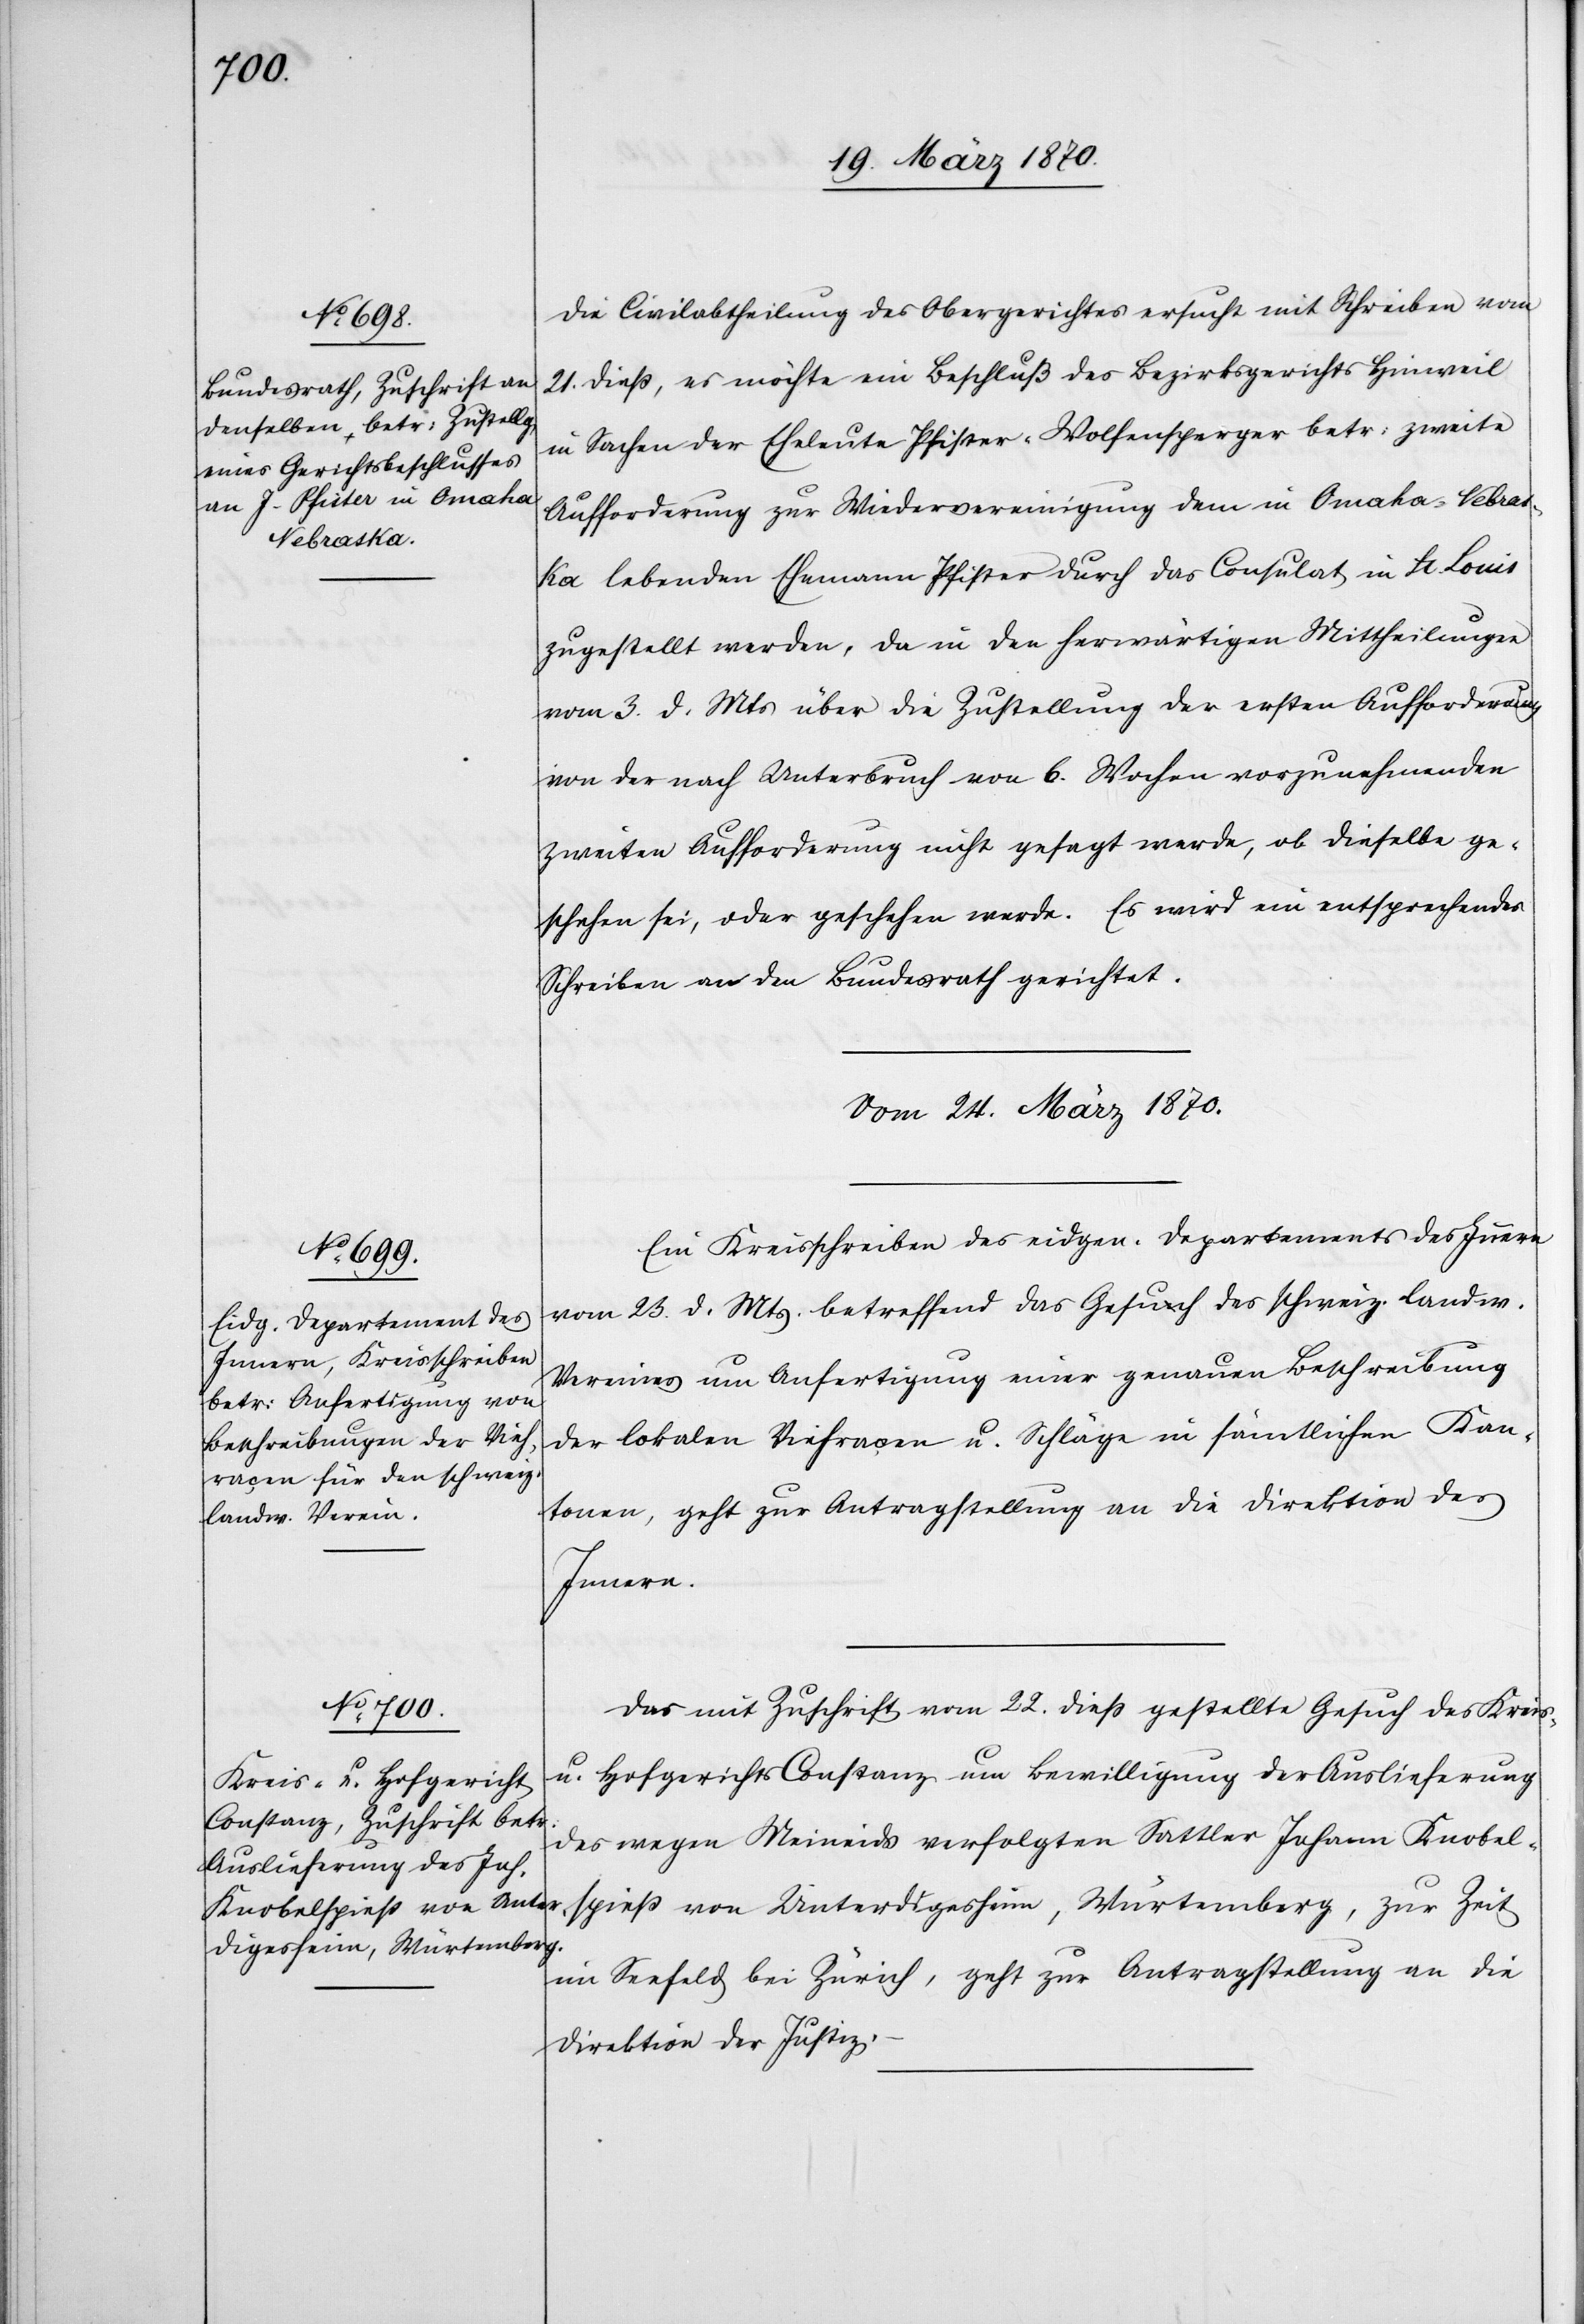
Die Civilabtheilung des Obergerichtes ersucht mit Schreiben vom
21. dieß, es möchte ein Beschluß des Bezirksgerichts Heinweil
in Sachen der Eheleute Pfister-Wolfensperger betr: zweite
Aufforderung zur Wiedervereinigung dem in Omaha, Nebras¬
ka lebenden Ehemann Pfister durch das Consulat in St. Louis
zugestellt werden, da in den herwärtigen Mittheilungen
vom 3. d. Mts über die Zustellung der ersten Aufforderung
von der nach Unterbruch von 6. Wochen vorzunehmenden
zweiten Aufforderung nicht gesagt werde, ob dieselbe ge¬
schehen sei, oder geschehen werde. Es wird ein entsprechendes
Schreiben an den Bundesrath gerichtet.
Vom 24. März 1870.]
Ein Kreisschreiben des eidgen. Departements des Innern
vom 23. d. Mts. betreffend das Gesuch des schweiz. landw.
Vereines um Anfertigung einer genauen Beschreibung
der lokalen Viehraçen u. Schläge in sämtlichen Kan¬
tonen, geht zur Antragstellung an die Direktion des
Innern.
Das mit Zuschrift vom 22. dieß gestellte Gesuch des Kreis-
u. Hofgerichts Constanz um Bewilligung der Auslieferung
des wegen Meineids verfolgten Sattler Johann Knobel¬
spieß von Unterdigesheim, Würtemberg, zur Zeit
im Seefeld bei Zürich, geht zur Antragstellung an die
Direktion der Justiz.